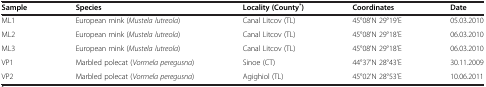
<table><thead><tr><td><b>Sample</b></td><td><b>Species</b></td><td><b>Locality (County<sup>*</sup>)</b></td><td><b>Coordinates</b></td><td><b>Date</b></td></tr></thead><tbody><tr><td>ML1</td><td>European mink (<i>Mustela lutreola</i>)</td><td>Canal Litcov (TL)</td><td>45°08&#x27;N 29°19&#x27;E</td><td>05.03.2010</td></tr><tr><td>ML2</td><td>European mink (<i>Mustela lutreola</i>)</td><td>Canal Litcov (TL)</td><td>45°08&#x27;N 29°18&#x27;E</td><td>06.03.2010</td></tr><tr><td>ML3</td><td>European mink (<i>Mustela lutreola</i>)</td><td>Canal Litcov (TL)</td><td>45°08&#x27;N 29°18&#x27;E</td><td>06.03.2010</td></tr><tr><td>VP1</td><td>Marbled polecat (<i>Vormela peregusna</i>)</td><td>Sinoe (CT)</td><td>44°37&#x27;N 28°43&#x27;E</td><td>30.11.2009</td></tr><tr><td>VP2</td><td>Marbled polecat (<i>Vormela peregusna</i>)</td><td>Agighiol (TL)</td><td>45°02&#x27;N 28°53&#x27;E</td><td>10.06.2011</td></tr></tbody></table>